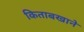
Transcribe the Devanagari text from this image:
किताबखाने